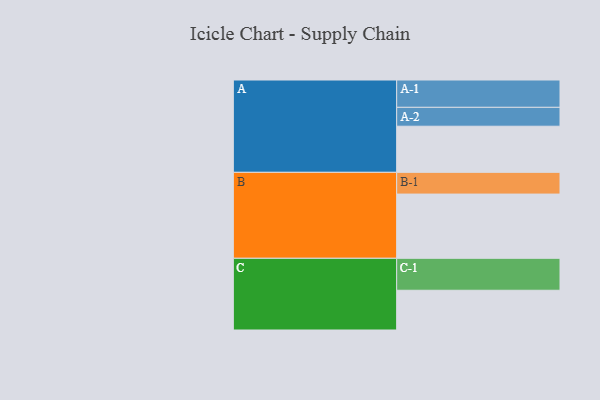
{"axis": {"x": "Segment", "y": "Value"}, "legend": ["", "A", "B", "C"], "data": [{"x": "A", "y": 420, "type": ""}, {"x": "B", "y": 585, "type": ""}, {"x": "C", "y": 362, "type": ""}, {"x": "A-1", "y": 249, "type": "A"}, {"x": "A-2", "y": 172, "type": "A"}, {"x": "B-1", "y": 198, "type": "B"}, {"x": "C-1", "y": 291, "type": "C"}]}